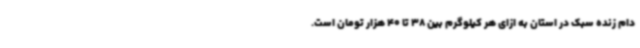
دام زنده سبک در استان به ازای هر کیلوگرم بین 38 تا 40 هزار تومان است.